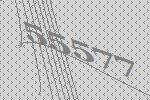
55577